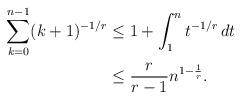
LaTeX: \begin{align*} \sum_{k=0}^{n-1} (k+1)^{-1/r} &\leq 1+\int_1^n t^{-1/r}\,dt\\ &\leq \frac{r}{r-1} n^{1-\frac{1}{r}}. \end{align*}